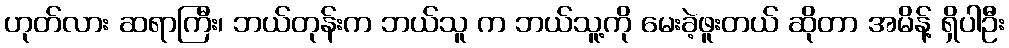
ဟုတ်လား ဆရာကြီး၊ ဘယ်တုန်းက ဘယ်သူ က ဘယ်သူ့ကို မေးခဲ့ဖူးတယ် ဆိုတာ အမိန့် ရှိပါဦး